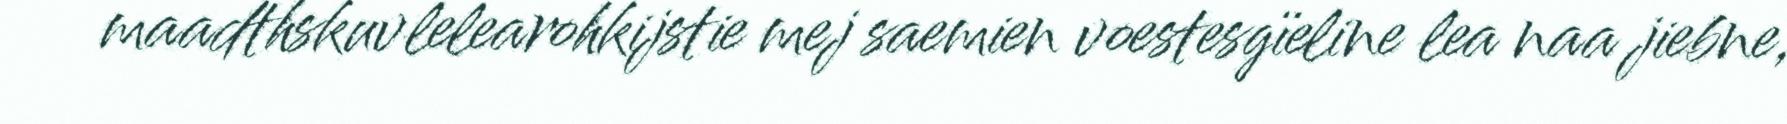
maadthskuvlelearohkijstie mej saemien voestesgïeline lea naa jiebne,